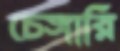
চেঙ্গারি